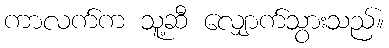
ကာလက်က သူ့ဆီ လျှောက်သွားသည်။